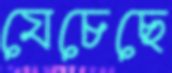
যেচেছে